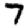
Digit: 7